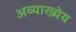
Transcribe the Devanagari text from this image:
अव्याख्येय